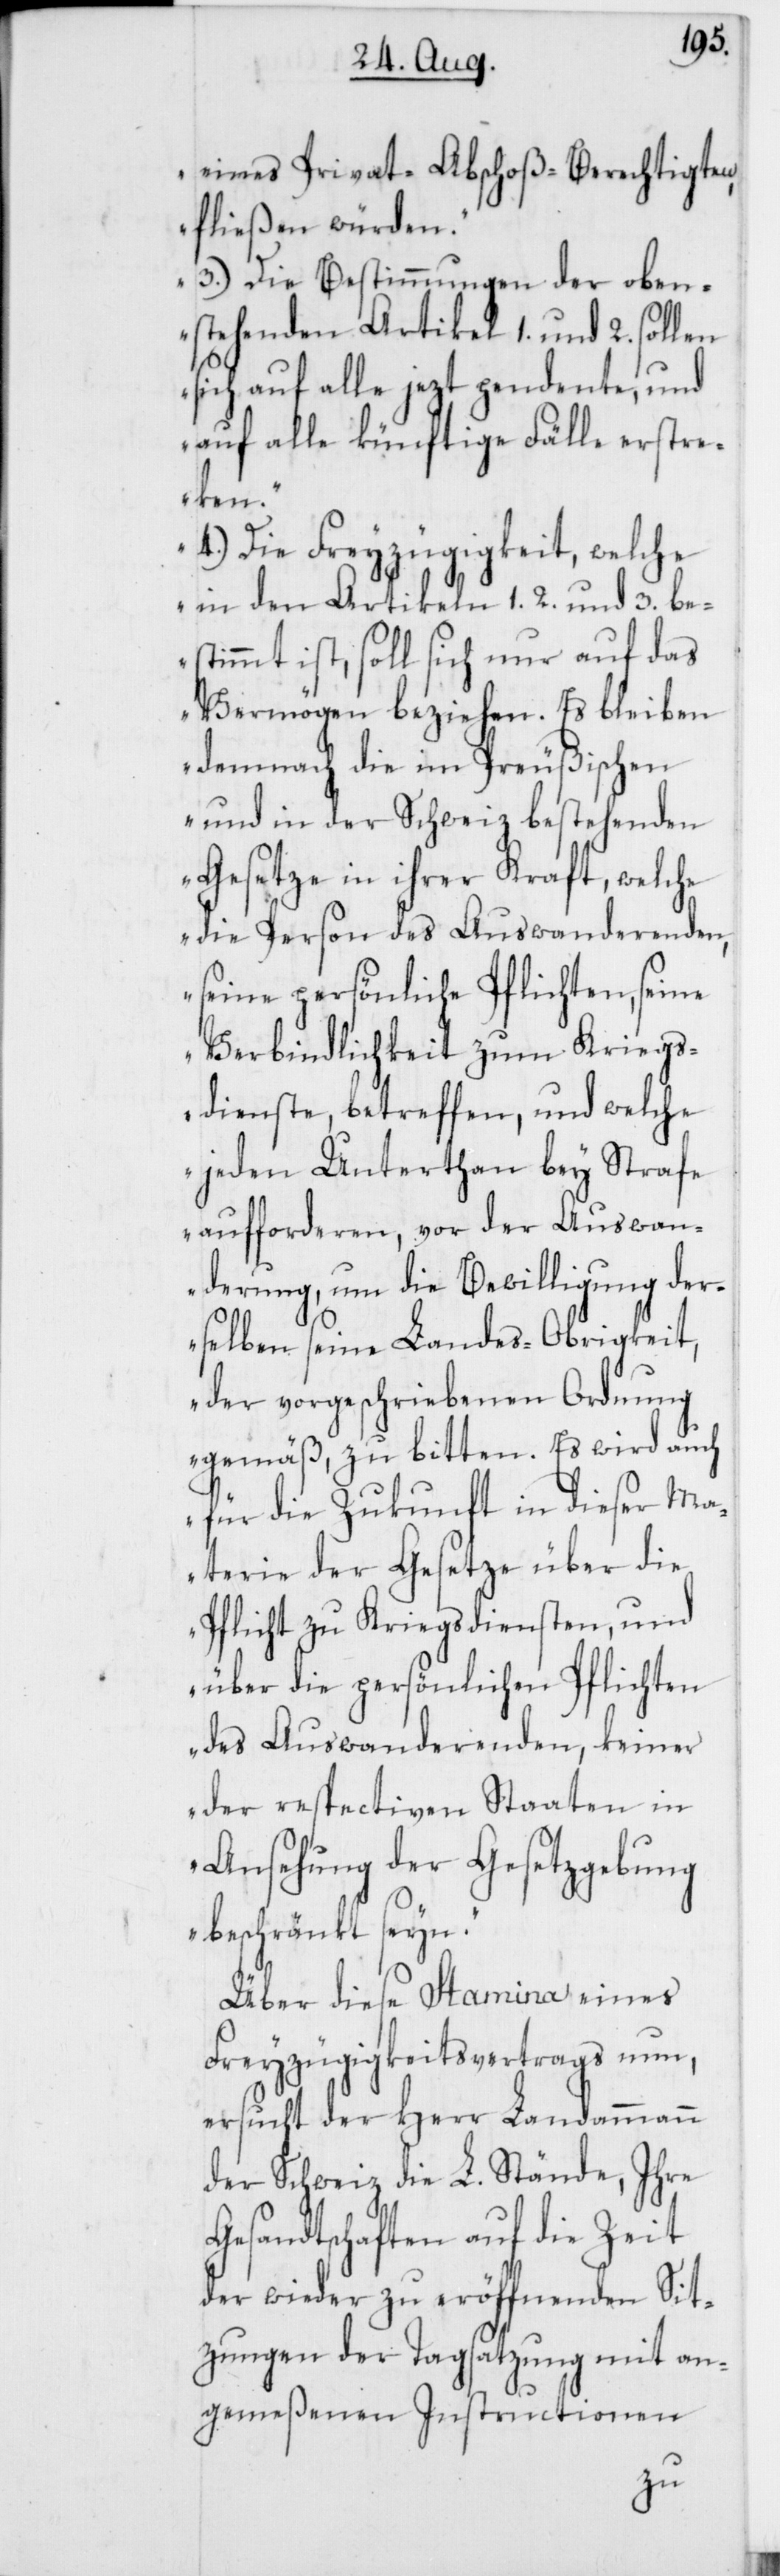
eines Privat-Abschoß-Berechtigten,
fließen würden.
3.) Die Bestimmungen der oben¬
stehenden Artikel 1. und 2. sollen
sich auf alle jezt pendente, und
auf alle künftige Fälle erstre¬
cken.
4.) Die Freyzügigkeit, welche
in den Artikeln 1. 2. und 3. be¬
stimmt ist, soll sich nur auf das
Vermögen beziehen. Es bleiben
demnach die im Preußischen
und in der Schweiz bestehenden
Gesetze in ihrer Kraft, welche
die Person des Auswanderenden,
seine persönliche Pflichten, seine
Verbindlichkeit zum Kriegs¬
dienste, betreffen, und welche
jeden Unterthan bey Strafe
aufforderen, vor der Auswan¬
derung, um die Bewilligung der¬
selben seine Landes-Obrigkeit,
der vorgeschriebenen Ordnung
gemäß, zu bitten. Es wird auch
für die Zukunft in dieser Ma¬
terie der Gesetze über die
Pflicht zu Kriegsdiensten, und
über die persönlichen Pflichten
des Auswanderenden, keiner
der respectiven Staaten in
Ansehung der Gesetzgebung
beschränkt seyn.
Über diese Stamina eines
Freyzügigkeitsvertrags nun,
ersucht der Herr Landammann
der Schweiz die L. Stände, Ihre
Gesandtschaften auf die Zeit
der wieder zu eröffnenden Sit¬
zungen der Tagsatzung mit an¬
gemeßenen Instructionen